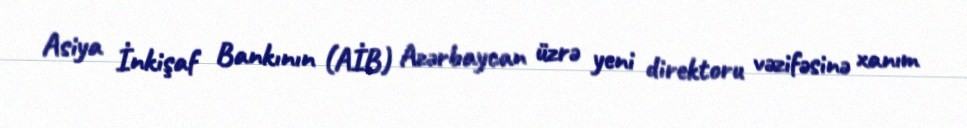
Asiya İnkişaf Bankının (AİB) Azərbaycan üzrə yeni direktoru vəzifəsinə xanım